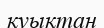
қуықтан